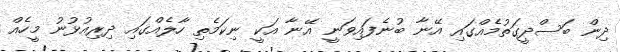
ދިން ބަސްދީގަތުމެއްގައި އޭނާ ބުނެފައިވަނީ އޭނާ އަކީ ނިކަމެތި ހާލެއްގައި ދިރިއުޅުނު މީހެއް